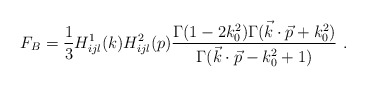
\begin{align*}F_B= {1\over 3} H^1_{ijl} (k) H^2_{ijl} (p) {\Gamma (1-2k_0^2) \Gamma (\vec k\cdot \vec p +k_0^2)\over\Gamma (\vec k\cdot \vec p-k_0^2+1)} \ .\end{align*}